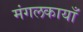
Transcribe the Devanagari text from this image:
मंगलकायाँ